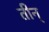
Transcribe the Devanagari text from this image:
तीन्